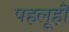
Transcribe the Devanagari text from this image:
पहलूहॊं